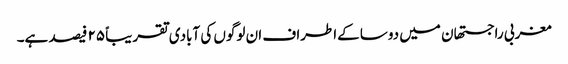
مغربی راجستھان میں دوسا کےاطراف ان لوگوں کی آبادی تقریباً ۲۵ فیصد ہے۔